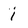
Character: i